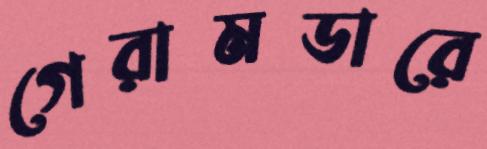
গেরামডারে